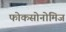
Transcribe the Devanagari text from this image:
फोकसोनोमिज